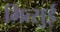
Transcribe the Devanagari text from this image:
मित्‍सुई